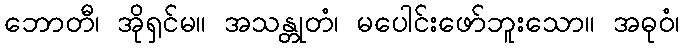
ဘောတီ၊ အိုရှင်မ။ အသန္တုတံ၊ မပေါင်းဖော်ဘူးသော။ အဓုဝံ၊